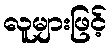
လူများဖြင့်